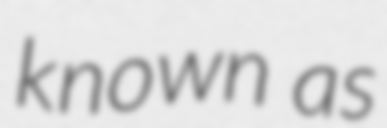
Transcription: known as